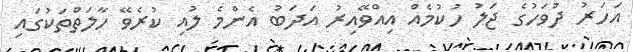
އަހަރު ދުވަހުގެ ޖަލު ހުކުމެއް އިއްވޭއިރު އަދަބު އެންމެ ލުއި ކުރެވޭ ހާލަތްތަކުގައި